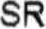
SR